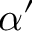
\alpha ^ { \prime }